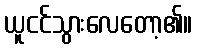
ယူငင်သွားလေတော့၏။